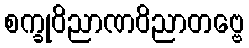
စက္ခုဝိညာဏဝိညာတဗ္ဗေ